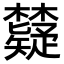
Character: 𬅐